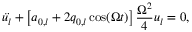
\ddot { u _ { l } } + \left[ a _ { 0 , l } + 2 q _ { 0 , l } \cos ( \Omega t ) \right] \frac { \Omega ^ { 2 } } { 4 } u _ { l } = 0 ,